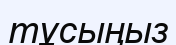
тұсыңыз